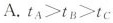
A. t_{A}>t_{B}>t_{C}